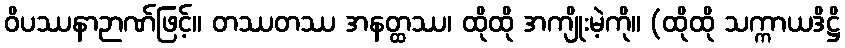
ဝိပဿနာဉာဏ်ဖြင့်။ တဿတဿ အနတ္ထဿ၊ ထိုထို အကျိုးမဲ့ကို။ (ထိုထို သက္ကာယဒိဋ္ဌိ